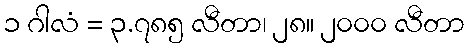
၁ ဂါလံ = ၃.၇၈၅ လီတာ၊ ၂၈။ ၂၀၀၀ လီတာ